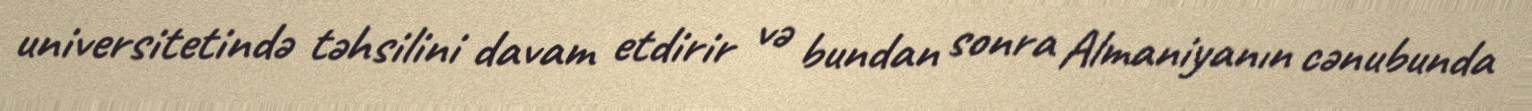
universitetində təhsilini davam etdirir və bundan sonra Almaniyanın cənubunda